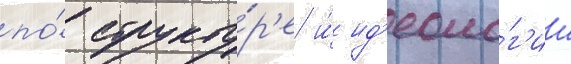
по́ структу́р'е и́ ид'еоло́г'ии